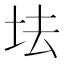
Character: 𡊛